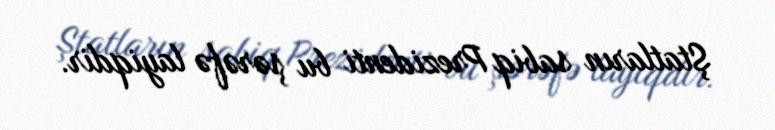
Ştatların sabiq Prezidenti bu şərəfə layiqdir.